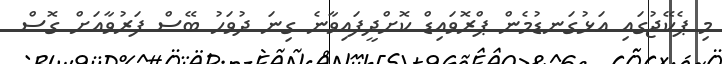
މި ޕެކޭޖުގައި އަޅުގަނޑުމެން ޕްރޮވައިޑް ކޮށްދީފައިވާނެ ގިނަ ދުވަހު ބޭސް ފަރުވާއަށް ގޮސް